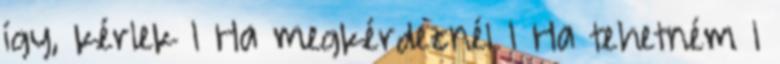
így, kérlek 1 Ha megkérdeznél 1 Ha tehetném 1